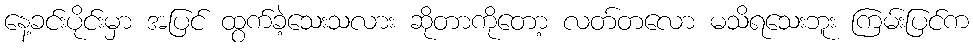
နေ့ခင်းပိုင်းမှာ အပြင် ထွက်ခဲ့သေးသလား ဆိုတာကိုတော့ လတ်တလော မသိရသေးဘူး ကြမ်းပြင်က